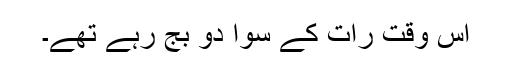
اس وقت رات کے سوا دو بج رہے تھے۔